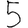
Digit: 5